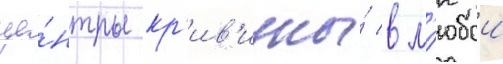
це́нтры кр'ив'изны́ в л'юбои